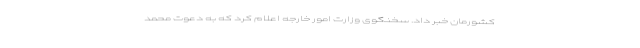
کشورمان خبر داد. سخنگوی وزارت امور خارجه اعلام کرد که به دعوت محمد